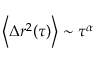
\left\langle \Delta r ^ { 2 } ( \tau ) \right\rangle \sim \tau ^ { \alpha }